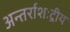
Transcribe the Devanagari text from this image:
अन्तर्राशःट्रीय